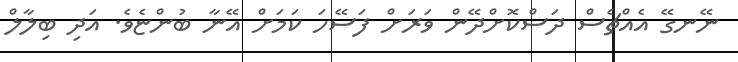
ނޭނގޭ އެއްޗެސް ދަސްކޮށްދޭން ވަރަށް ފަސޭހަ ކަމަށް އޭނާ ބުންޏެވެ. އަދި ބިލާލް